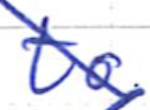
Text: to
Cross-out: diagonal
Writing tool: ballpoint